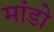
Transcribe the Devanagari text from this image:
मांडो